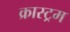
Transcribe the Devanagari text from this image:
क्रास्ट्रम